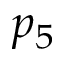
p _ { 5 }